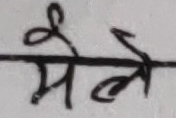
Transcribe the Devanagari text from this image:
मैले